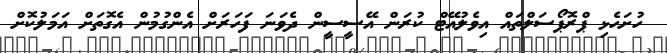
ހުށަހެޅި ޕްރޮޕޯސަލްތައް އިވެލުއޭޓް ކުރަން އޭސީސީން ދެވަަނަ ފަހަރަށް އެންގުމުން އެގޮތަށް އަމަލުކޮށް